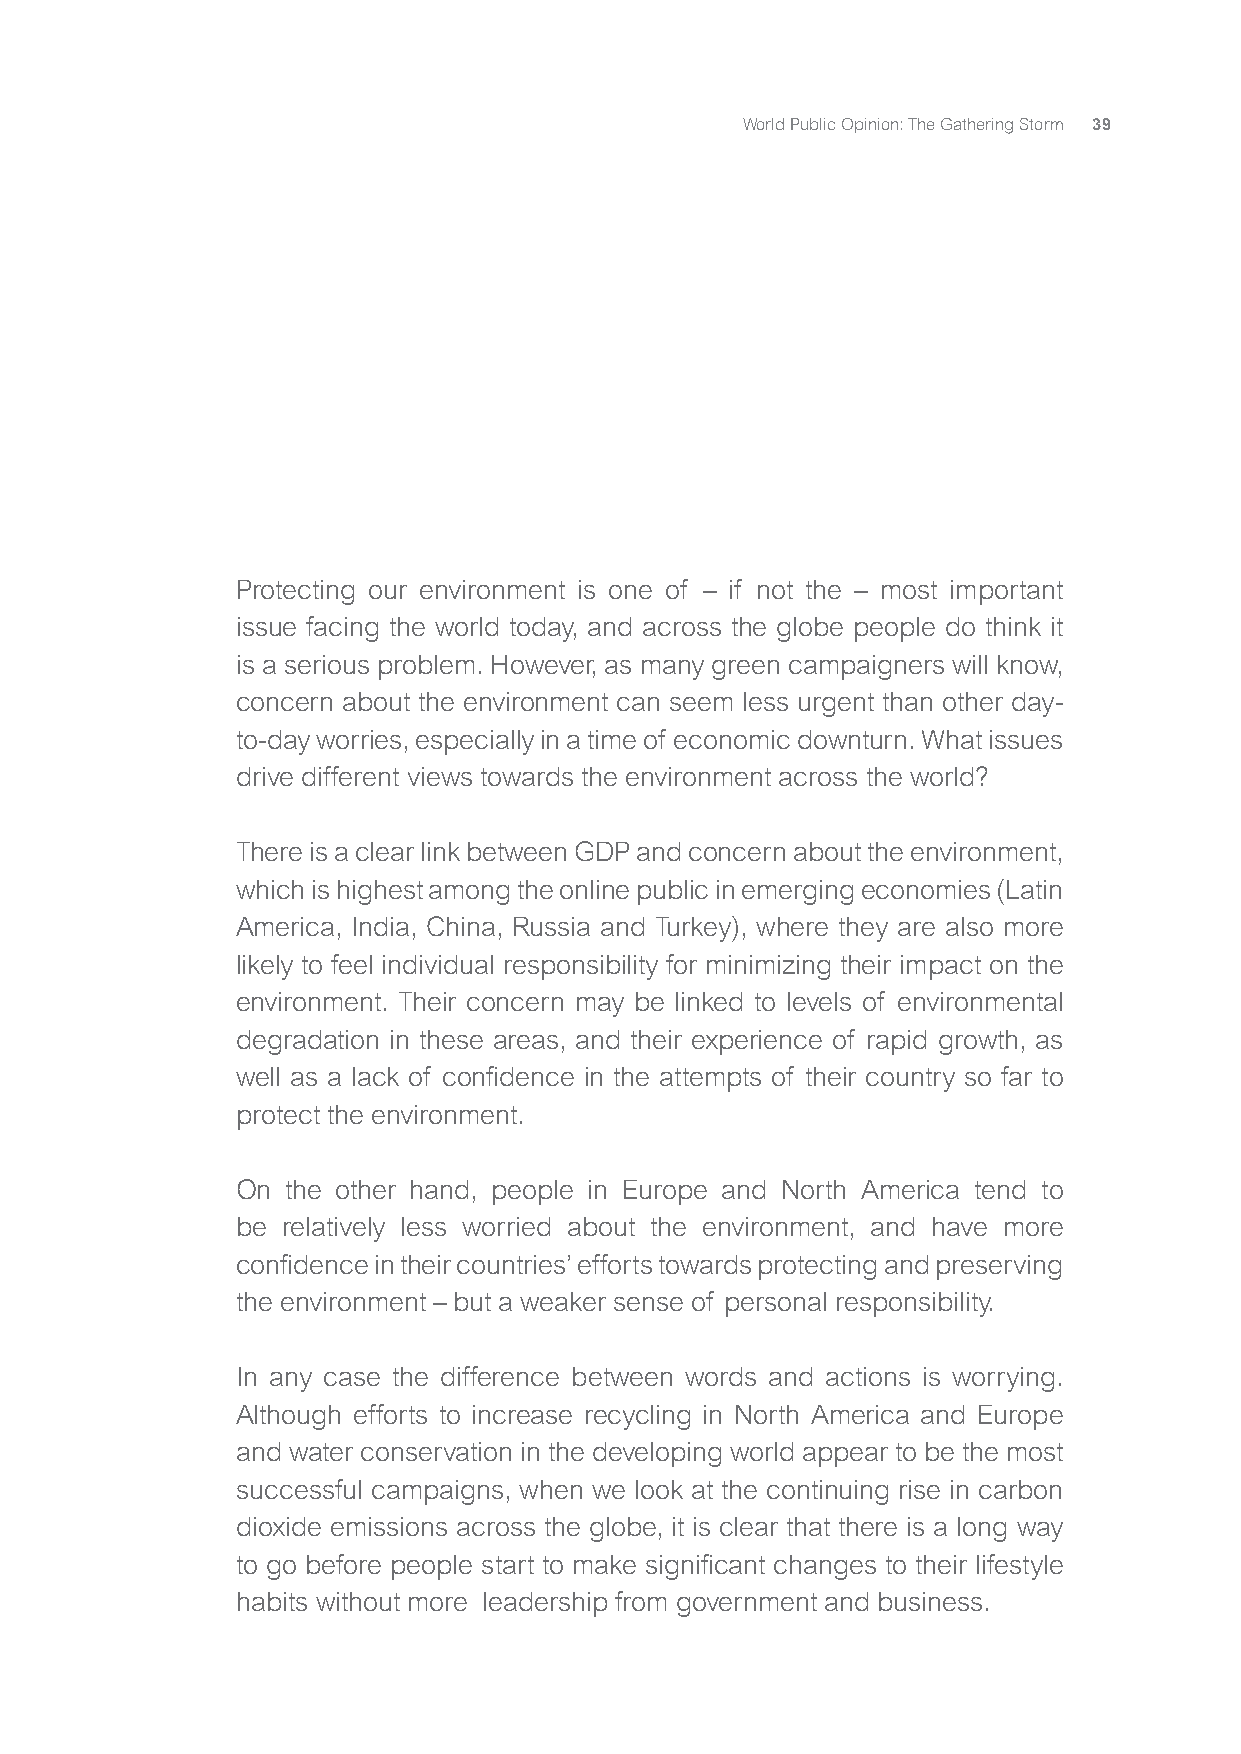
World Public Opinion: The Gathering Storm 39
 Protecting our environment is one of – if not the – most important
 issue facing the world today, and across the globe people do think it
 is a serious problem. However, as many green campaigners will know,
 concern about the environment can seem less urgent than other day-
 to-day worries, especially in a time of economic downturn. What issues
 drive different views towards the environment across the world?
 There is a clear link between GDP and concern about the environment,
 which is highest among the online public in emerging economies (Latin
 America, India, China, Russia and Turkey), where they are also more
 likely to feel individual responsibility for minimizing their impact on the
 environment. Their concern may be linked to levels of environmental
 degradation in these areas, and their experience of rapid growth, as
 well as a lack of confidence in the attempts of their country so far to
 protect the environment.
 On the other hand, people in Europe and North America tend to
 be relatively less worried about the environment, and have more
 confidence in their countries’ efforts towards protecting and preserving
 the environment – but a weaker sense of personal responsibility.
 In any case the difference between words and actions is worrying.
 Although efforts to increase recycling in North America and Europe
 and water conservation in the developing world appear to be the most
 successful campaigns, when we look at the continuing rise in carbon
 dioxide emissions across the globe, it is clear that there is a long way
 to go before people start to make significant changes to their lifestyle
 habits without more leadership from government and business.